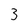
Character: 3